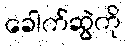
ခေါက်ဆွဲကို